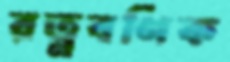
রত্নবণিক